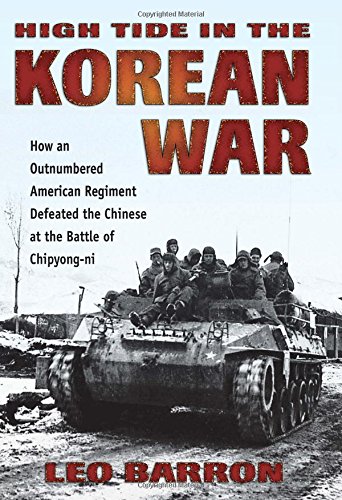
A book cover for High Tide in the Korean War: How an Outnumbered American Regiment Defeated the Chinese at the Battle of Chipyong-ni; Leo Barron; History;